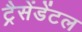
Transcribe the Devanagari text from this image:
ट्रैसेंडेंटल